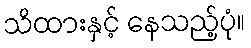
သိထားနှင့် နေသည့်ပုံ။